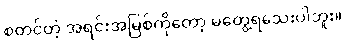
စတင်တဲ့ အရင်းအမြစ်ကိုတော့ မတွေ့ရသေးပါဘူး။